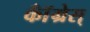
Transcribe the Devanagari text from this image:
कॉँँग्रेस्